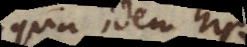
quia idem hic